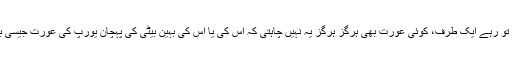
مرد تو رہے ایک طرف، کوئی عورت بھی ہرگز ہرگز یہ نہیں چاہتی کہ اس کی یا اس کی بہین بیٹی کی پہچان یورپ کی عورت جیسی بنے۔